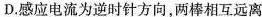
D.感应电流为逆时针方向，两棒相互远离